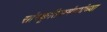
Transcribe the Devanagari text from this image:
सांस्कृतिकमंत्र्यांच्या